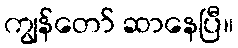
ကျွန်တော် ဆာနေပြီ။